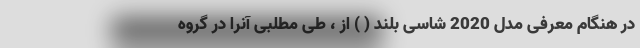
در هنگام معرفی مدل 2020 شاسی بلند ( ) از ، طی مطلبی آنرا در گروه